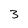
Character: 3